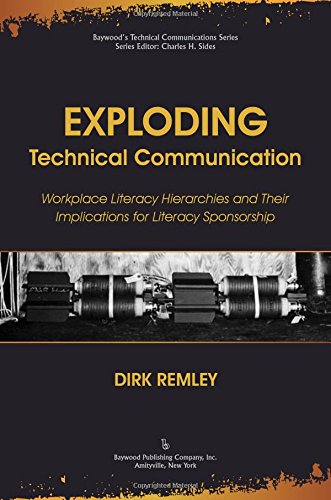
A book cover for Exploding Technical Communication: Workplace Literacy Hierarchies and Their Implications for Literacy Sponsorship (Baywood's Technical Communications Series); Dirk Remley; Education & Teaching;